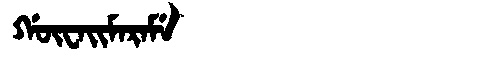
Manchu: ᡤᡡᠸᠠᡳᠮᠠᡵᠠᠮᡝ
Romanization: GŪWAIMARAME